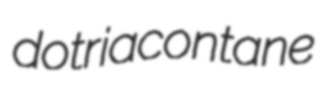
dotriacontane